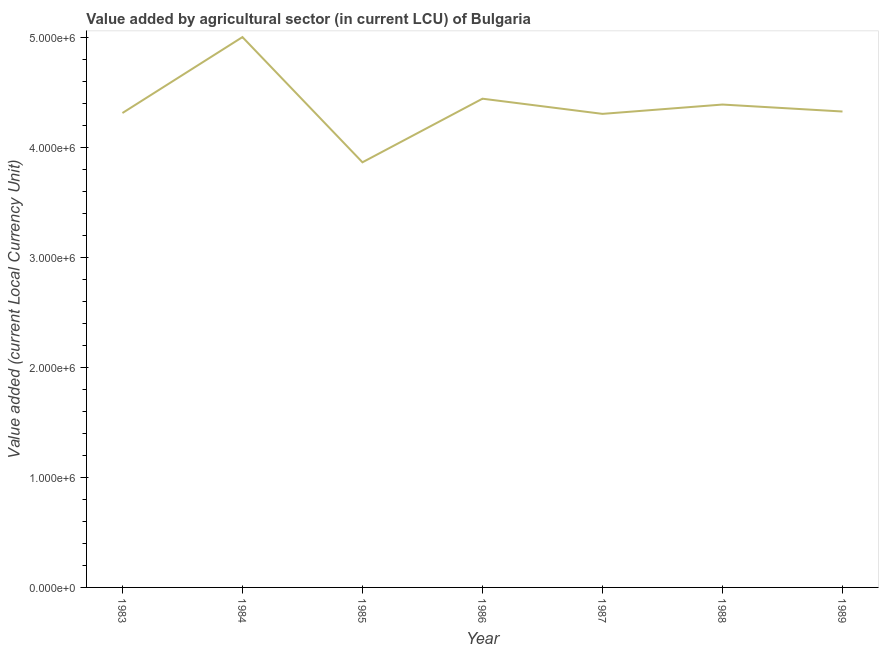
| Year | Agriculture |
 | --- | --- |
 | 1983 | 4.32e+06 |
 | 1984 | 5.01e+06 |
 | 1985 | 3.87e+06 |
 | 1986 | 4.45e+06 |
 | 1987 | 4.31e+06 |
 | 1988 | 4.39e+06 |
 | 1989 | 4.33e+06 |